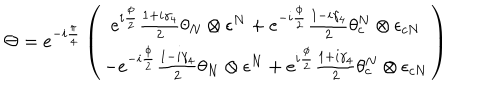
\Theta = e ^ { - i \frac { \pi } { 4 } } \left( \begin{array} { c } { { e ^ { i \frac { \phi } { 2 } } \frac { 1 + i \gamma _ { 4 } } { 2 } \theta _ { N } \otimes \epsilon ^ { N } + e ^ { - i \frac { \phi } { 2 } } \frac { 1 - i \gamma _ { 4 } } { 2 } \theta _ { c } ^ { N } \otimes \epsilon _ { c N } } } \\ { { - e ^ { - i \frac { \phi } { 2 } } \frac { 1 - i \gamma _ { 4 } } { 2 } \theta _ { N } \otimes \epsilon ^ { N } + e ^ { i \frac { \phi } { 2 } } \frac { 1 + i \gamma _ { 4 } } { 2 } \theta _ { c } ^ { N } \otimes \epsilon _ { c N } } } \\ \end{array} \right)